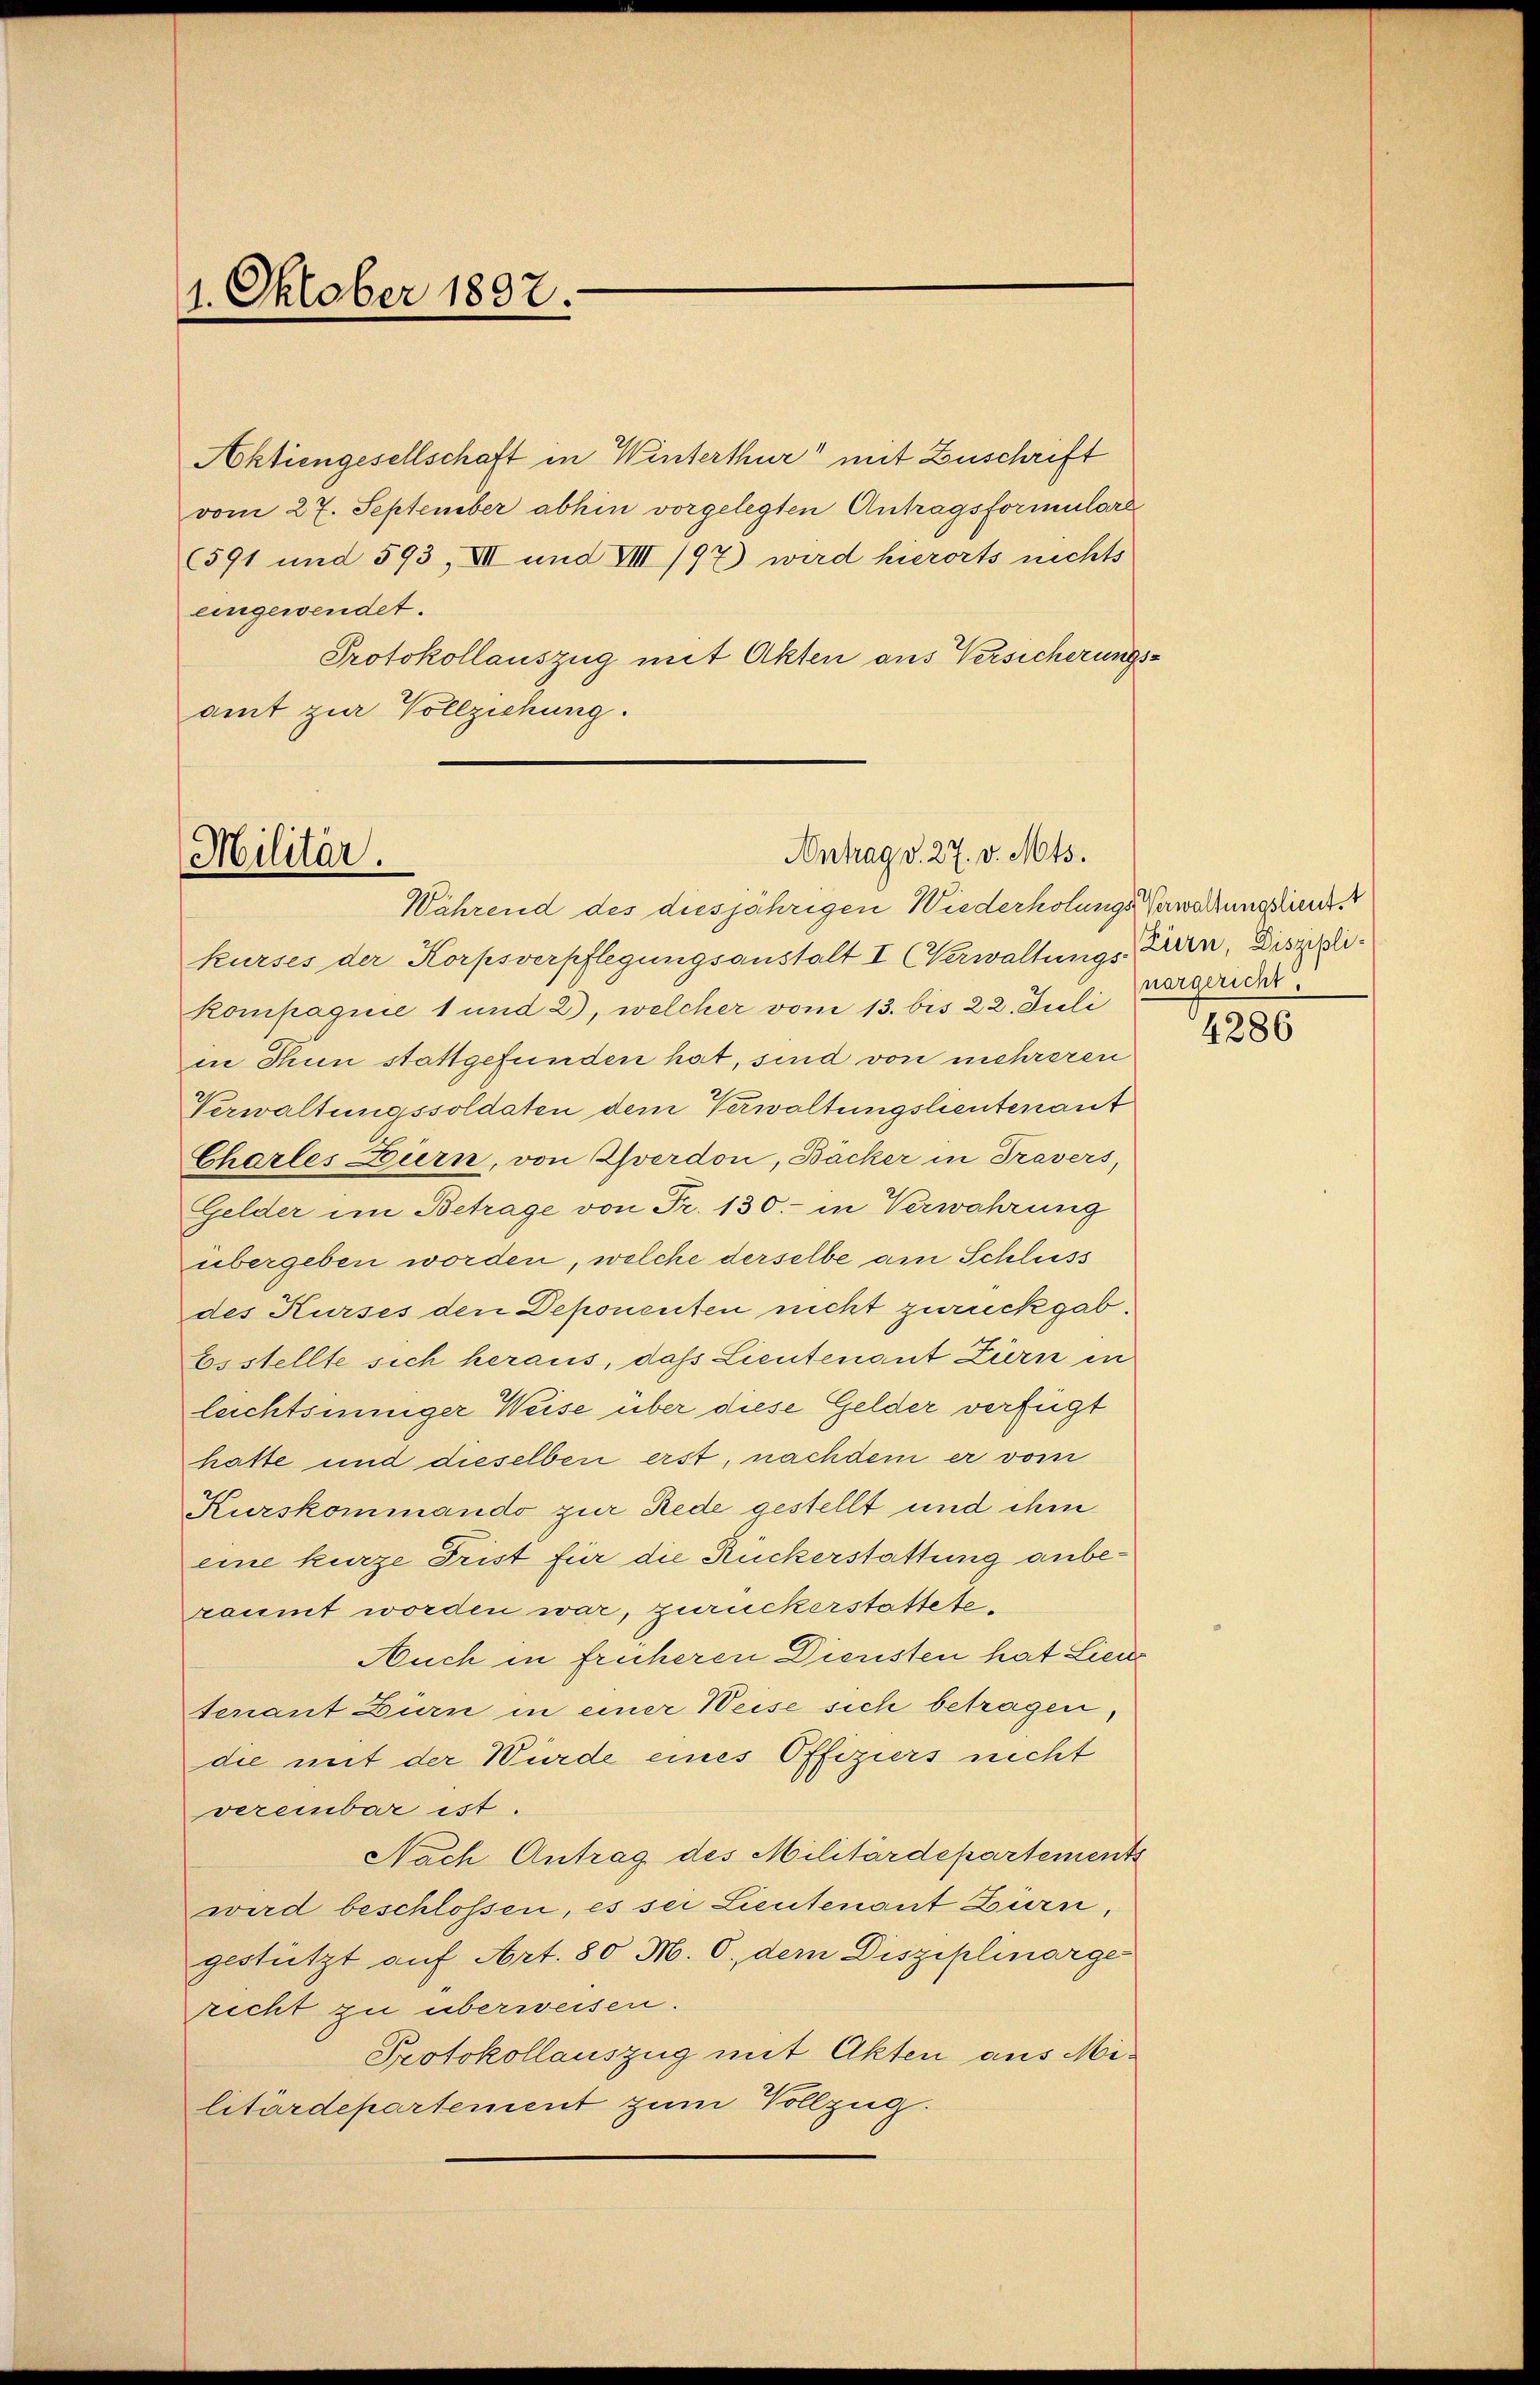
1. Oktober 1837.

eingewendet.
Protokollauszug mit Akten aus Versicherungsamt zur Vollziehung.

Während des diesjährigen Wiederholungs-Verwaldung sind.
kurses der Korpsverpflegungsanstalt I (Verwaltungs-Zurn, Disziplikompagnie 1 und 2), welcher vom 13. bis 22. Juli vergeider
in Thun stattgefunden hat, sind von mehreren
Verwaltungssoldaten dem Verwaltungslieutenant
Chartes Euern, von Zverdon, Bäcker in Travers,
Gelder im Betrage von Fr. 130.- in Verwahrung
übergeben worden, welche derselbe am Schluss
des Kurses den Deponenten nicht zurückgab.
bestellte sich heraus, das Lieutenant Ziern in
leichtsinniger Weise über diese Gelder verfügt
hatte und dieselben erst, nachdem er vom
Kurskommando zur Rede gestellt und ihm
eine kurze Frist für die Rückerstattung anberäumt worden war, zurückerstattete.
Auch in früheren Diensten hat Lieu
tenant Burn in einer Weise sich betragen,
die mit der Würde eines Offiziers nicht
vereinbar ist.
Nach Antrag des Militärdepartements
wird beschlossen, es sei Lieutenant Zürn,
gestützt auf Art. 80 M. C. dem Disziplinarge
recht zu überweisen.
Protokollauszug mit Akten aus Militärdepartement zum Vollzug.

Antrag v. 27. v. Mts.
Militär.

Aktiengesellschaft in Winterthur mit Zuschrift
vom 27. September abhin vorgelegten Antragsformulare
(591 und 593, XII und VIII /97) wird hierorts nichts

4286